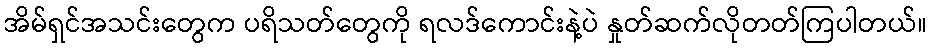
အိမ်ရှင်အသင်းတွေက ပရိသတ်တွေကို ရလဒ်ကောင်းနဲ့ပဲ နှုတ်ဆက်လိုတတ်ကြပါတယ်။